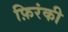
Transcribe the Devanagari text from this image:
फ़िरंकी